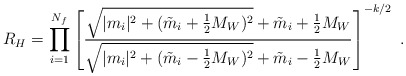
\begin{align*}R_{H}=\prod_{i=1}^{N_f}\left[\frac{\sqrt{|m_i|^2+({\tilde m}_i+\frac{1}{2}M_W)^2}+{\tilde m}_i+\frac{1}{2}M_W}{\sqrt{|m_i|^2+({\tilde m}_i-\frac{1}{2}M_W)^2}+{\tilde m}_i-\frac{1}{2}M_W}\right]^{-k/2}\ .\end{align*}